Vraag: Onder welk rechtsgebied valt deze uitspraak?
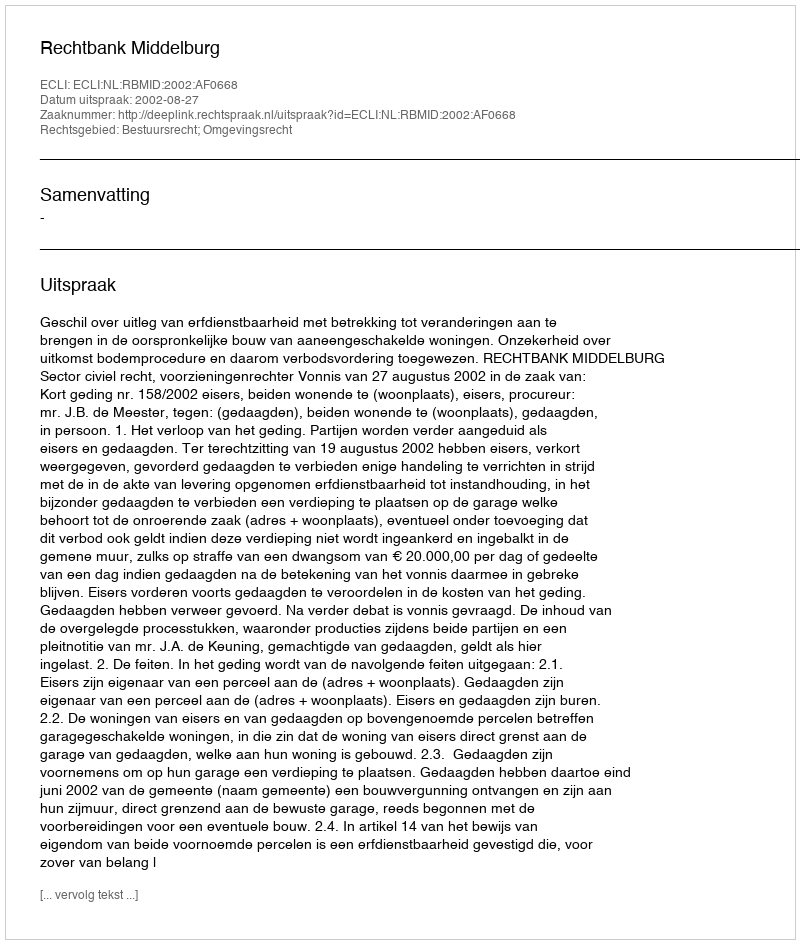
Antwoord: Bestuursrecht; Omgevingsrecht